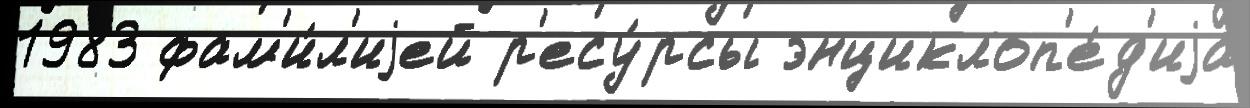
1983 фам'и́л'иjей р'есу́рсы энциклоп'е́д'иjа